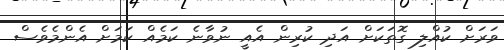
ވަރަށް ކުއްލި ގޮތަކަށް އަދި ކުރިން އެއީ ނުވާނެ ކަމެއް ކަމަށް އެންމެވެސް